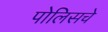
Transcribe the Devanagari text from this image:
पोलिसचे